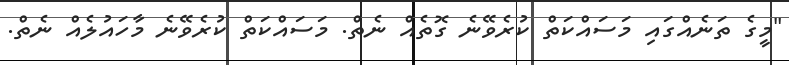
"މީގެ ތަނެއްގައި މަސައްކަތް ކުރެވޭނެ ގޮތެއް ނެތް. މަސައްކަތް ކުރެވޭނެ މާހައުލެއް ނެތް.